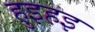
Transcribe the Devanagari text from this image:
हुइहइ